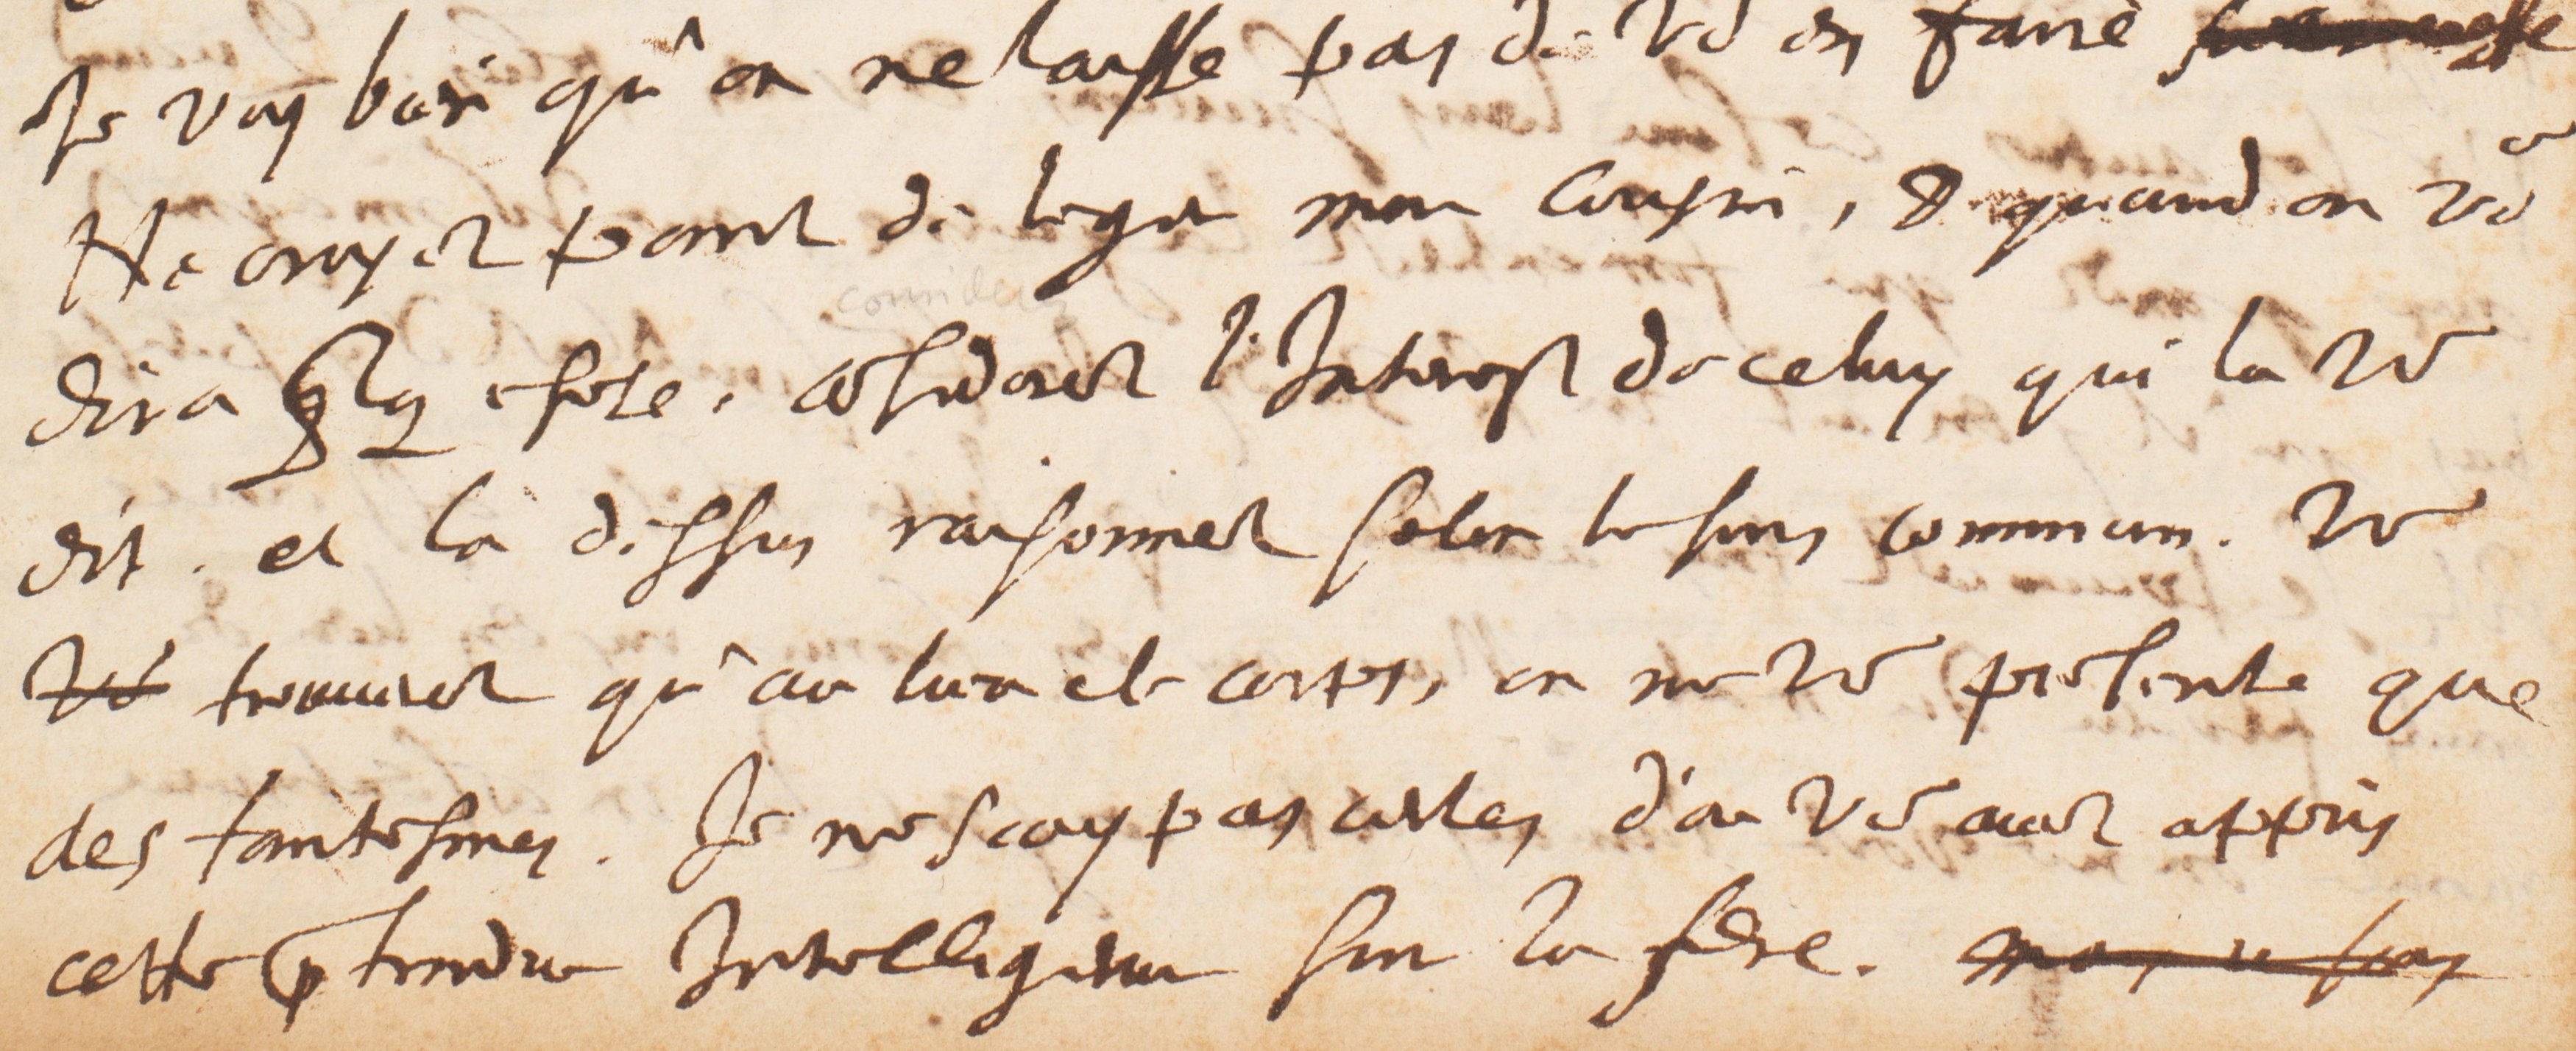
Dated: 1628–1628